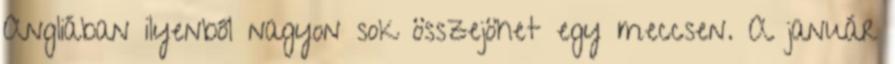
Angliában ilyenből nagyon sok összejöhet egy meccsen. A január